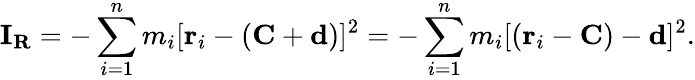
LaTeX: \mathbf{I}_{\mathbf{R}}=-\sum_{i=1}^{n}m_{i}[\mathbf{r}_{i}-\left(\mathbf{C}+\mathbf{d}\right)]^{2}=-\sum_{i=1}^{n}m_{i}[\left(\mathbf{r}_{i}-\mathbf{C}\right)-\mathbf{d}]^{2}.